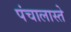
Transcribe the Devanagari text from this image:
पंचालास्ते